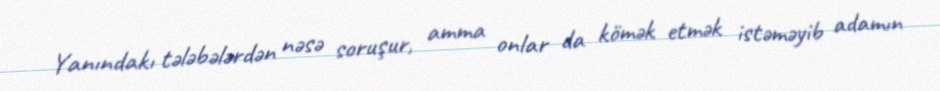
Yanındakı tələbələrdən nəsə soruşur, amma onlar da kömək etmək istəməyib adamın